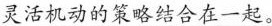
灵活机动的策略结合在一起